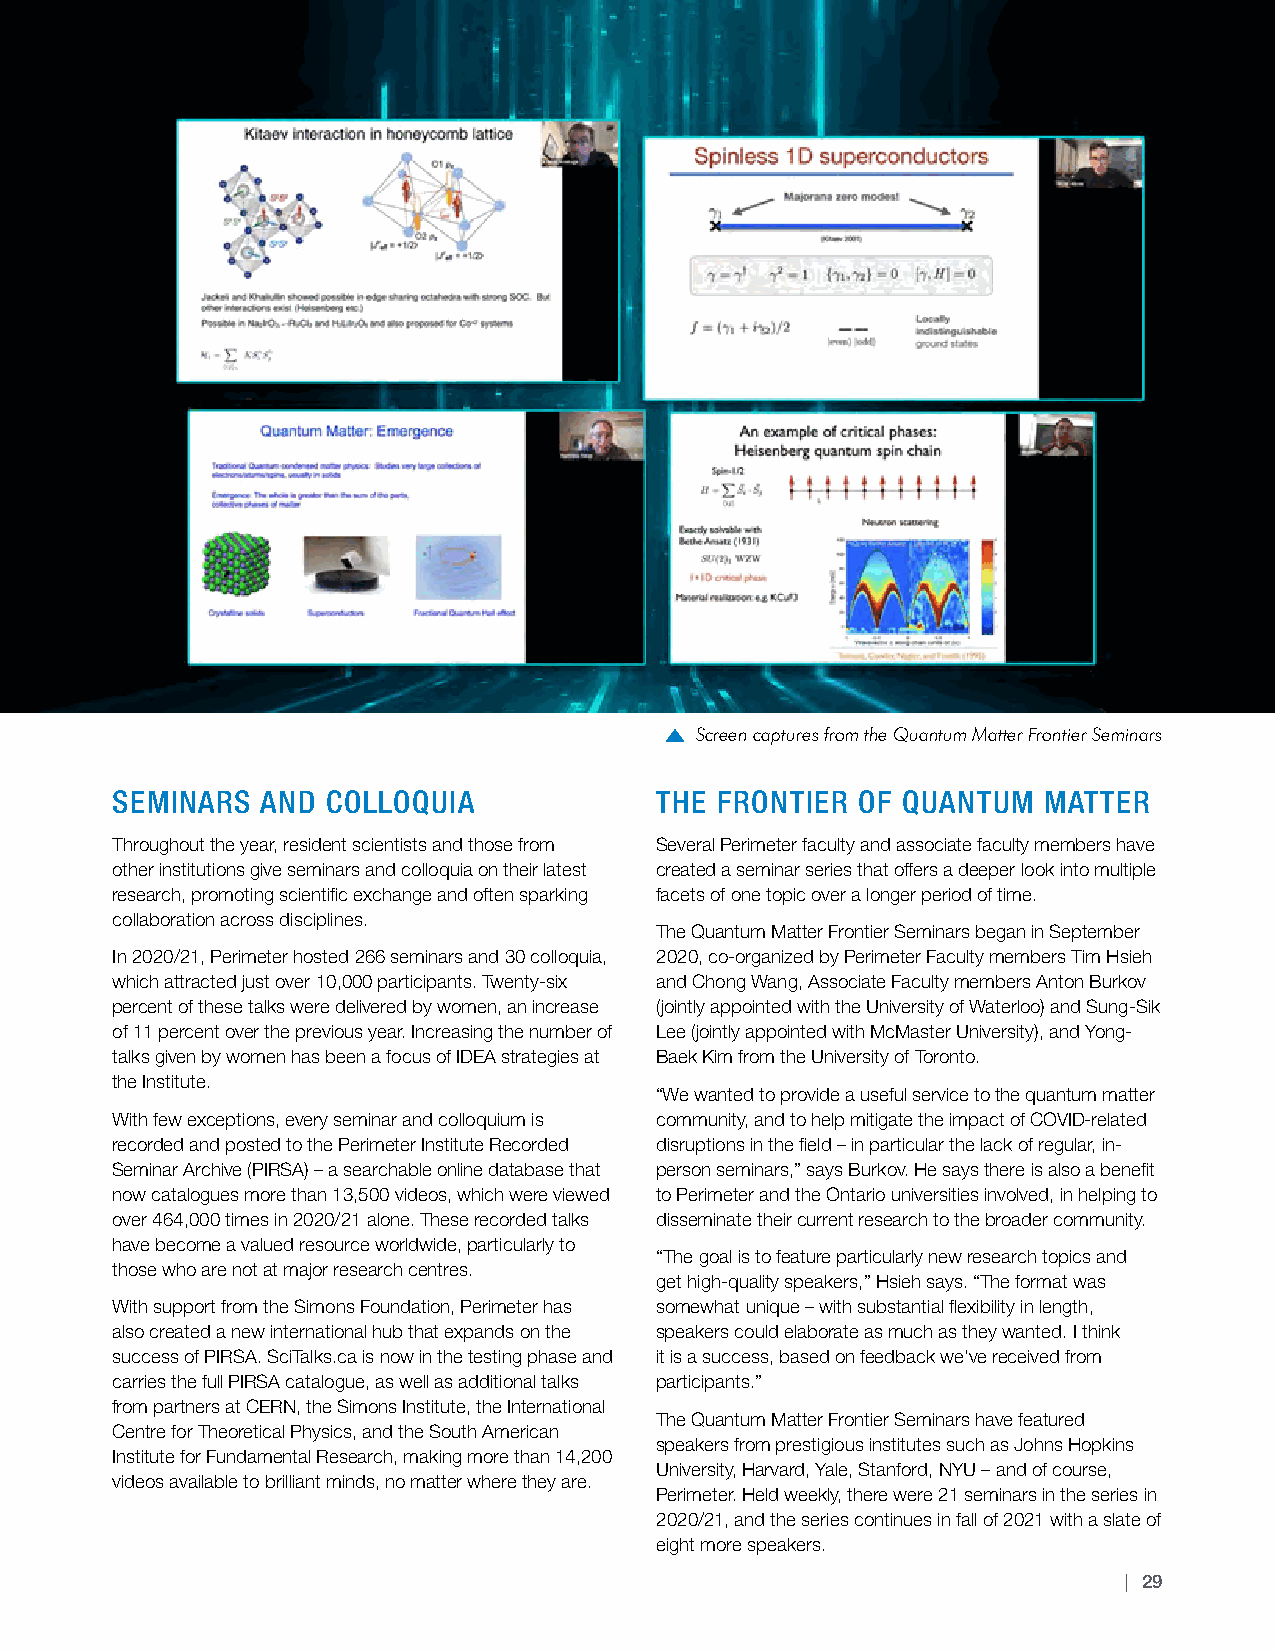
Screen captures from the Quantum Matter Frontier Seminars
 SEMINARS  AND  COLLOQUIA            THE FRONTIER  OF QUANTUM  MATTER
 Throughout the year, resident scientists and those from Several Perimeter faculty and associate faculty members have
 other institutions give seminars and colloquia on their latest created a seminar series that offers a deeper look into multiple
 research, promoting scientific exchange and often sparking facets of one topic over a longer period of time.
 collaboration across disciplines.
 The Quantum Matter Frontier Seminars began in September
 In 2020/21, Perimeter hosted 266 seminars and 30 colloquia, 2020, co-organized by Perimeter Faculty members Tim Hsieh
 which attracted just over 10,000 participants. Twenty-six and Chong Wang, Associate Faculty members Anton Burkov
 percent of these talks were delivered by women, an increase (jointly appointed with the University of Waterloo) and Sung-Sik
 of 11 percent over the previous year. Increasing the number of Lee (jointly appointed with McMaster University), and Yong-
 talks given by women has been a focus of IDEA strategies at Baek Kim from the University of Toronto.
 the Institute.
 “We wanted to provide a useful service to the quantum matter
 With few exceptions, every seminar and colloquium is community, and to help mitigate the impact of COVID-related
 recorded and posted to the Perimeter Institute Recorded disruptions in the field – in particular the lack of regular, in-
 Seminar Archive (PIRSA) – a searchable online database that person seminars,” says Burkov. He says there is also a benefit
 now catalogues more than 13,500 videos, which were viewed to Perimeter and the Ontario universities involved, in helping to
 over 464,000 times in 2020/21 alone. These recorded talks disseminate their current research to the broader community.
 have become a valued resource worldwide, particularly to
 “The goal is to feature particularly new research topics and
 those who are not at major research centres.
 get high-quality speakers,” Hsieh says. “The format was
 With support from the Simons Foundation, Perimeter has somewhat unique – with substantial flexibility in length,
 also created a new international hub that expands on the speakers could elaborate as much as they wanted. I think
 success of PIRSA. SciTalks.ca is now in the testing phase and it is a success, based on feedback we’ve received from
 carries the full PIRSA catalogue, as well as additional talks participants.”
 from partners at CERN, the Simons Institute, the International
 The Quantum Matter Frontier Seminars have featured
 Centre for Theoretical Physics, and the South American
 speakers from prestigious institutes such as Johns Hopkins
 Institute for Fundamental Research, making more than 14,200
 University, Harvard, Yale, Stanford, NYU – and of course,
 videos available to brilliant minds, no matter where they are.
 Perimeter. Held weekly, there were 21 seminars in the series in
 2020/21, and the series continues in fall of 2021 with a slate of
 eight more speakers.
 | 29